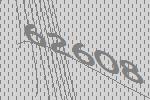
62608